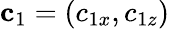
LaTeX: {\mathbf c}_{1}=(c_{1x},c_{1z})